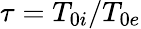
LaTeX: \tau=T_{0i}/T_{0e}